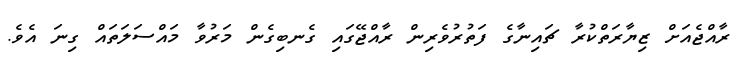
ރާއްޖެއަށް ޒިޔާރަތްކުރާ ޗައިނާގެ ފަތުރުވެރިން ރާއްޖޭގައި ގެނބިގެން މަރުވާ މައްސަލަތައް ގިނަ އެެވެ.